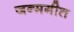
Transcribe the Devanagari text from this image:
जन्मगीत